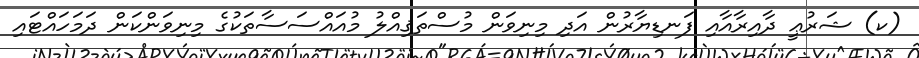
(ކ) ޝަރުޢީ ދާއިރާއާއި ފަނޑިޔާރުން އަދި މިނިވަން މުސްތަޤިއްލު މުއައްސަސާތަކުގެ މިނިވަންކަން ދަމަހައްޓައި